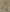
Text: 1